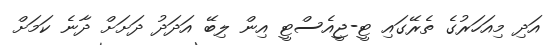
އަދި މިއަހަރުގެ ތެރޭގައި ޓީ-ޖީއެސްޓީ އިން ލިބޭ އަދަދު ދަށަށް ދާނެ ކަމަށް